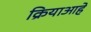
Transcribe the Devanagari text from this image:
क्रियाआहे